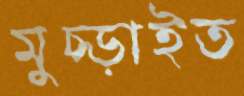
মুচ্‌ড়াইত